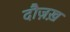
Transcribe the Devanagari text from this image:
दौज़ख़